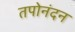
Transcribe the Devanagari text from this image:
तपोनंदन